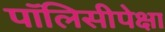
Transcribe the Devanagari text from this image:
पॉलिसीपेक्षा